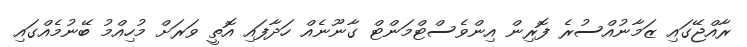
ރާއްޖޭގައި ޒަމާނުއްސުރެ ފޮރިން އިންވެސްޓްމަންޓް ގާނޫނެއް ހަދާފައި އޮތީ ވަރަށް މުހިއްމު ބޭނުމެއްގައި